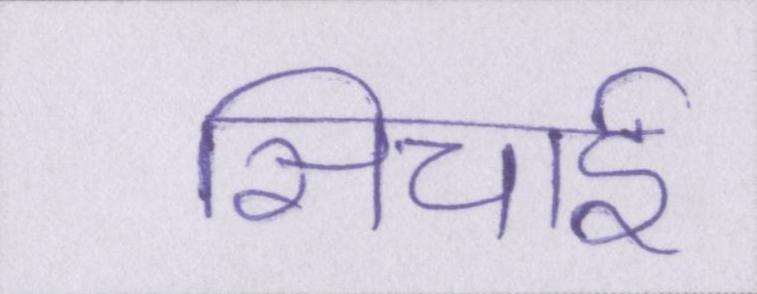
सिचाई